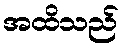
အထိသည်